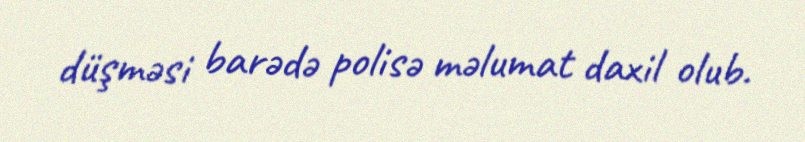
düşməsi barədə polisə məlumat daxil olub.